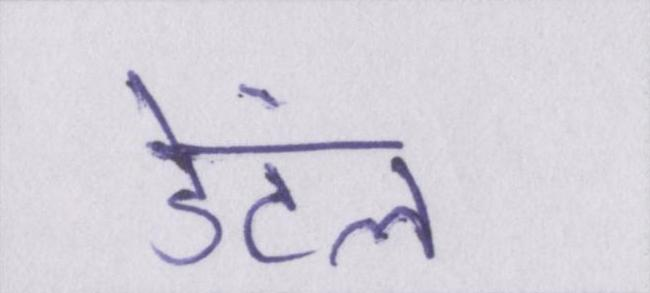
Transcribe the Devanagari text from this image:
डेंटल